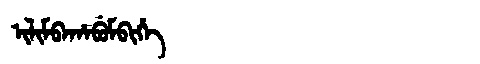
Manchu: ᡳᠯᡳᠮᠪᠠᡥᠠᠪᡠᠮᠪᡳᡥᡝ
Romanization: ILIMBAHABUMBIHE